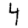
Digit: 4